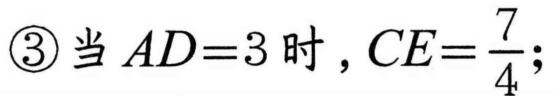
\textcircled{3}当$AD = 3$时，$CE=\dfrac{7}{4}$；